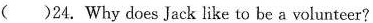
( )24. Why does Jack like to be a volunteer?